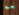
به